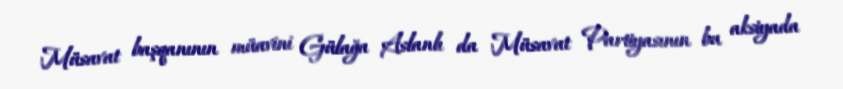
Müsavat başqanının müavini Gülağa Aslanlı da Müsavat Partiyasının bu aksiyada